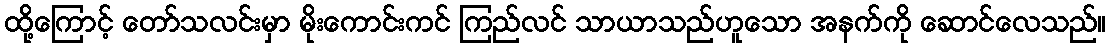
ထို့ကြောင့် တော်သလင်းမှာ မိုးကောင်းကင် ကြည်လင် သာယာသည်ဟူသော အနက်ကို ဆောင်လေသည်။